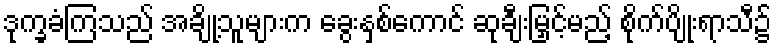
ဒုက္ခခံကြသည် အချို့သူများက ခွေးနှစ်ကောင် ဆုချီးမြှင့်မည့် စိုက်ပျိုးရာသီ၌